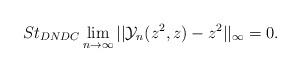
LaTeX: \begin{align*} St_{DNDC}\lim_{n\rightarrow \infty}||\mathcal{Y}_{n}(z^{2},z)-z^{2}||_{\infty}=0.\\ \end{align*}